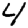
Digit: 4